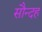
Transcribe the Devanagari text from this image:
सौन्दह